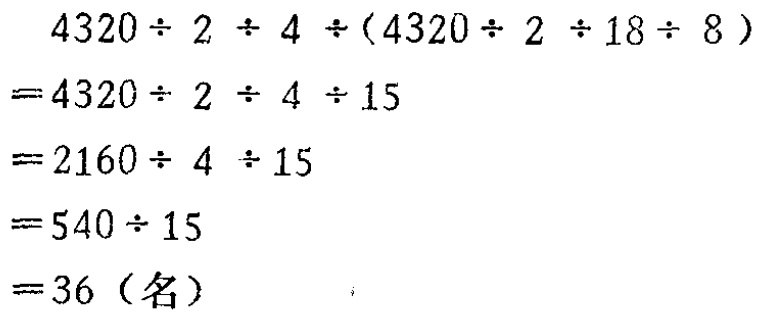
\[
\begin{align*}
&4320\div2\div4\div(4320\div2\div18\div8)\\
=&4320\div2\div4\div15\\
=&2160\div4\div15\\
=&540\div15\\
=&36（名）
\end{align*}
\]